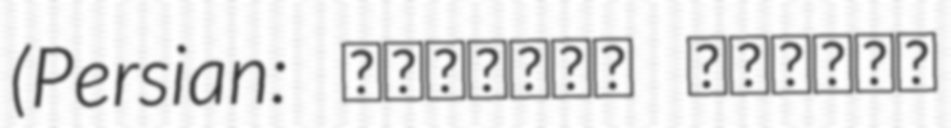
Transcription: (Persian: عباسعلي وقافله